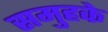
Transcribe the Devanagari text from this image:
समुहके